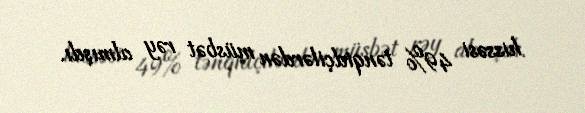
hissəsi 49% tənqidçilərdən müsbət rəy almışdı.